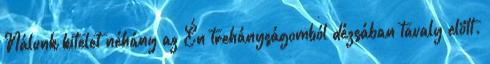
Nálunk kitelet néhány az Én trehányságomból dézsában tavaly elött.